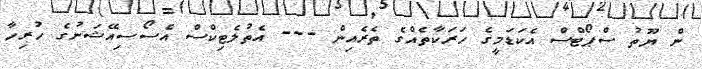
ން ޔޫތު ސްޕޯޓްސް އެކަޑަމީގެ ހަރަކާތެއްގެ ތެރެއިން --- އެތުލެޓިކްސް އެސޯސިއޭޝަނުގެ ހުރިހާ